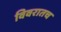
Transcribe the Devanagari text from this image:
विवरातच